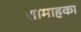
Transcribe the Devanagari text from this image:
शामाहका